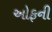
ઓફની